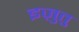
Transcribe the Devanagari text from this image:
इज़ुतु